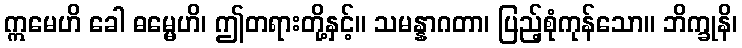
ဣမေဟိ ခေါ ဓမ္မေဟိ၊ ဤတရားတို့နှင့်။ သမန္နာဂတာ၊ ပြည့်စုံကုန်သော။ ဘိက္ခုနိ၊